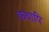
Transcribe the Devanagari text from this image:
कथापि